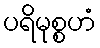
ပရိမုစ္စဟံ